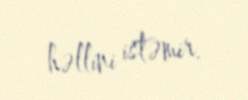
həllini istəmir.